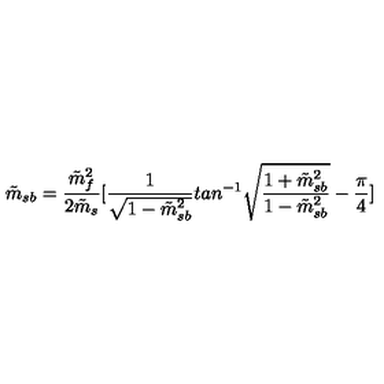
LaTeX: \tilde { m } _ { s b } = { \frac { { \tilde { m } _ { f } } ^ { 2 } } { 2 \tilde { m } _ { s } } } [ { \frac { 1 } { \sqrt { 1 - \tilde { m } _ { s b } ^ { 2 } } } } t a n ^ { - 1 } \sqrt { { \frac { 1 + \tilde { m } _ { s b } ^ { 2 } } { 1 - \tilde { m } _ { s b } ^ { 2 } } } } - { \frac { \pi } { 4 } } ]